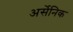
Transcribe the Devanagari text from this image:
अर्सेनिक